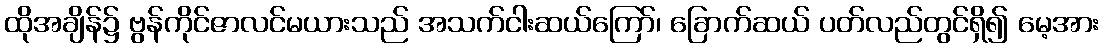
ထိုအချိန်၌ ဗွန်ကိုင်ဇာလင်မယားသည် အသက်ငါးဆယ်ကြော်၊ ခြောက်ဆယ် ပတ်လည်တွင်ရှိ၍ မေ့အား